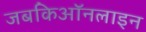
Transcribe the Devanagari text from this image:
जबकिऑनलाइन